Annual administration report of the Civil Veterinary Department of India - 1893-1894
Year: 1893
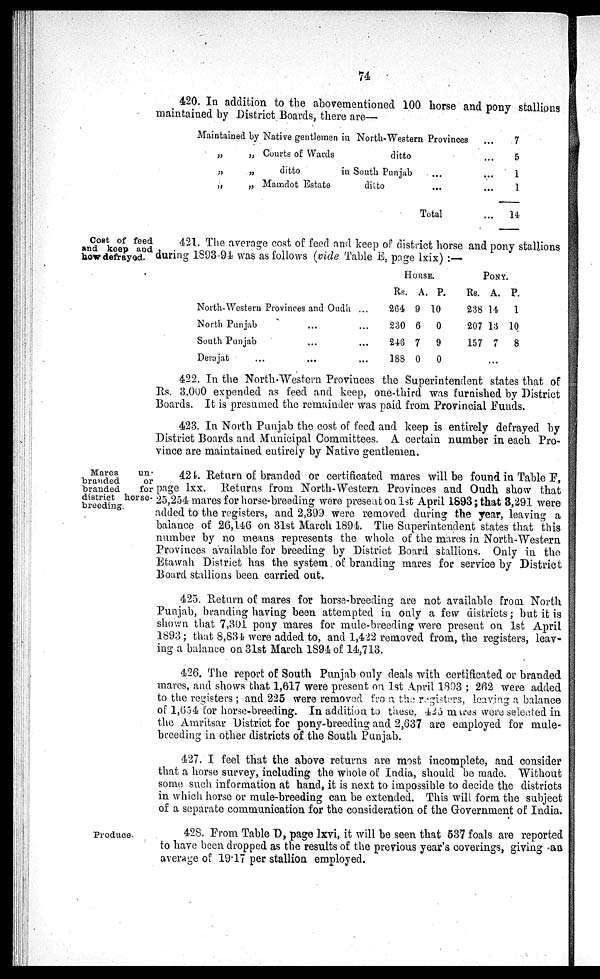
74
420. In addition to the abovementioned 100 horse and pony stallions
maintained by District Boards, there are—
Maintain
ed by
„
„
„ „
„
„
Native gentlemen
Courts of Wards
ditto
Mamdot Estate
in North-Western Provinces ...
ditto ...
in South Punjab ... ...
ditto ... ...
Total
7
5
1
1
14
Cost of feed
and keep and
how defrayed.
421. The average cost of feed and keep of district horse and pony stallions
during 1893-94 was as follows (vide Table E, page lxix):—
North-Western Provinces and Oudh ...
North Punjab ... ...
South Punjab ... ...
Derajafat ... ... ...
HOUSE.
Rs.
264
230
248
188
A.
9
6
7
0
P.
10
0
9
0
PONY.
Rs.
238
207
157
A.
14
13
7
P.
1
10
8
...
422. In the North-Western Provinces the Superintendent states that of
Rs. 3,000 expended as feed and keep, one-third was furnished by District
Boards. It is presumed the remainder was paid from Provincial Funds.
423. In North Punjab the cost of feed and keep is entirely defrayed by
District Boards and Municipal Committees. A certain number in each Pro-
vince are maintained entirely by Native gentlemen.
Mares
un-
branded
or
branded
for
district horse-
breeding.
424. Return of branded or certificated mares will be found in Table F,
page lxx. Returns from North-Western Provinces and Oudh show that
25,254 mares for horse-breeding were present on 1st April 1893; that 3,291 were
added to the registers, and 2,399 were removed during the year, leaving a
balance of 26,146 on 31st March 1894. The Superintendent states that this
number by no means represents the whole of the mares in North-Western
Provinces available for breeding by District Board stallions. Only in the
Etawah District has the system of branding mares for service by District
Board stallions been carried out.
425. Return of mares for horse-breeding are not available from North
Punjab, branding having been attempted in only a few districts; but it is
shown that 7,301 pony mares for mule-breeding were present on 1st April
1893; that 8,834 were added to, and 1,422 removed from, the registers, leav-
ing a balance on 31st March 1894 of 14,713.
426. The report of South Punjab only deals with certificated or branded
mares, and shows that 1,617 were present on 1st April 1893; 262 were added
to the registers; and 225 were removed from the registers, leaving a balance
of l,654 for horse-breeding. In addition to these, 425 mares were selected in
the Amritsar District for pony-breeding and 2,637 are employed for mule-
breeding in other districts of the South Punjab.
427. I feel that the above returns are most incomplete, and consider
that a horse survey, including the whole of India, should be made. Without
some such information at hand, it is next to impossible to decide the districts
in which horse or mule-breeding can be extended. This will form the subject
of a separate communication for the consideration of the Government of India.
Produce
428. From Table D, page lxvi, it will be seen that 537 foals are reported
to have been dropped as the results of the previous year's coverings, giving an
average of 19.17 per stallion employed.